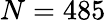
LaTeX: N=485